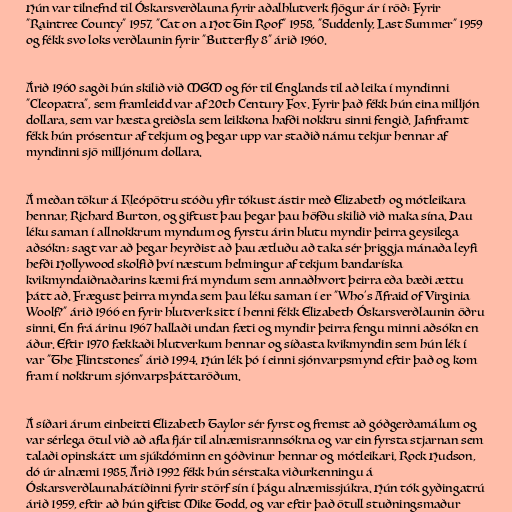
Hún var tilnefnd til Óskarsverðlauna fyrir aðalhlutverk fjögur ár í röð: Fyrir
"Raintree County" 1957, "Cat on a Hot Tin Roof" 1958, "Suddenly, Last Summer" 1959
og fékk svo loks verðlaunin fyrir "Butterfly 8" árið 1960.

Árið 1960 sagði hún skilið við MGM og fór til Englands til að leika í myndinni
"Cleopatra", sem framleidd var af 20th Century Fox. Fyrir það fékk hún eina milljón
dollara, sem var hæsta greiðsla sem leikkona hafði nokkru sinni fengið. Jafnframt
fékk hún prósentur af tekjum og þegar upp var staðið námu tekjur hennar af
myndinni sjö milljónum dollara.

Á meðan tökur á Kleópötru stóðu yfir tókust ástir með Elizabeth og mótleikara
hennar, Richard Burton, og giftust þau þegar þau höfðu skilið við maka sína. Þau
léku saman í allnokkrum myndum og fyrstu árin hlutu myndir þeirra geysilega
aðsókn; sagt var að þegar heyrðist að þau ætluðu að taka sér þriggja mánaða leyfi
hefði Hollywood skolfið því næstum helmingur af tekjum bandaríska
kvikmyndaiðnaðarins kæmi frá myndum sem annaðhvort þeirra eða bæði ættu
þátt að. Frægust þeirra mynda sem þau léku saman í er "Who's Afraid of Virginia
Woolf?" árið 1966 en fyrir hlutverk sitt í henni fékk Elizabeth Óskarsverðlaunin öðru
sinni. En frá árinu 1967 hallaði undan fæti og myndir þeirra fengu minni aðsókn en
áður. Eftir 1970 fækkaði hlutverkum hennar og síðasta kvikmyndin sem hún lék í
var "The Flintstones" árið 1994. Hún lék þó í einni sjónvarpsmynd eftir það og kom
fram í nokkrum sjónvarpsþáttaröðum.

Á síðari árum einbeitti Elizabeth Taylor sér fyrst og fremst að góðgerðamálum og
var sérlega ötul við að afla fjár til alnæmisrannsókna og var ein fyrsta stjarnan sem
talaði opinskátt um sjúkdóminn en góðvinur hennar og mótleikari, Rock Hudson,
dó úr alnæmi 1985. Árið 1992 fékk hún sérstaka viðurkenningu á
Óskarsverðlaunahátíðinni fyrir störf sín í þágu alnæmissjúkra. Hún tók gyðingatrú
árið 1959, eftir að hún giftist Mike Todd, og var eftir það ötull stuðningsmaður